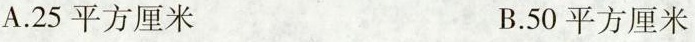
A.25平方厘米 B.50平方厘米